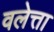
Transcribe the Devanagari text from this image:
वलेत्ता